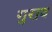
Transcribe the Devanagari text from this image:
गुराव